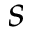
s